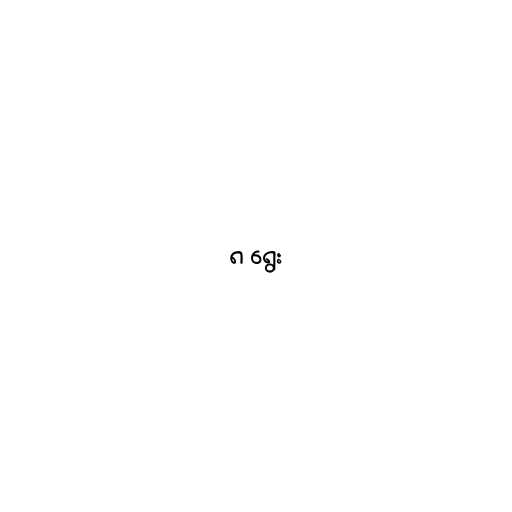
၈ ရွေး